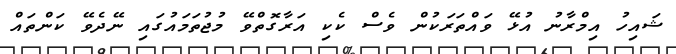
ޝައިހު އިމްރާނު އުޅޭ ވައްތަރަކުން ވެސް ކެކި އަރާގޮތްވޭ މުޖުތަމައުގައި ނޭދެވޭ ކަންތައް